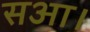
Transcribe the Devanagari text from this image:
सआ।